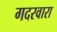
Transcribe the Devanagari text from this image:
गदरवारा